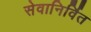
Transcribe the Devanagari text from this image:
सेवानिर्वित